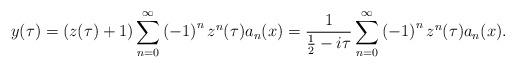
LaTeX: \begin{align*}y(\tau)=\left( z(\tau)+1\right) \sum_{n=0}^{\infty}\left( -1\right)^{n}z^{n}(\tau)a_{n}(x)=\frac{1}{\frac{1}{2}-i\tau}\sum_{n=0}^{\infty}\left(-1\right) ^{n}z^{n}(\tau)a_{n}(x). \end{align*}